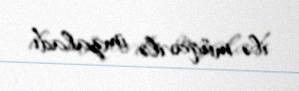
ilə müqavilə imzaladı.